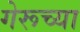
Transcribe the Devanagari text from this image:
गेरूच्या